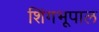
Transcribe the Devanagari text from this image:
शिंगभूपाल